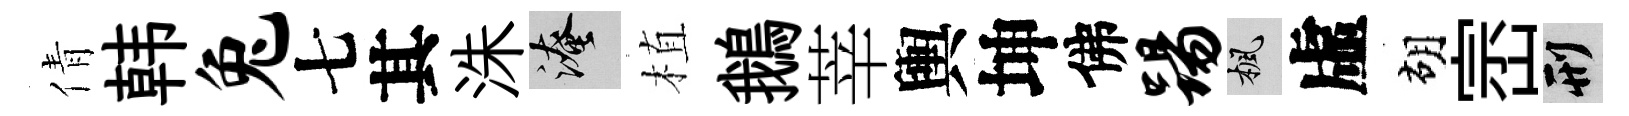
倩韩兔七其洙淹植鵝莘輿坤佛踢楓虛胡崈刑